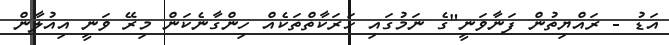
އަޑު - ރައްޔިތުން ފަނާވަނީ"ގެ ނަމުގައި ހަރަކާތްތަކެއް ހިންގާނެކަން މިރޭ ވަނީ އިއުލާން